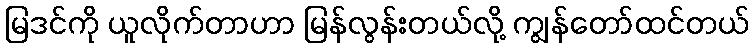
မြဒင်ကို ယူလိုက်တာဟာ မြန်လွန်းတယ်လို့ ကျွန်တော်ထင်တယ်